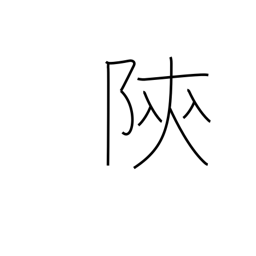
Meaning: place name